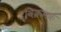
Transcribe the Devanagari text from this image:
द्विक्रमक